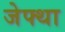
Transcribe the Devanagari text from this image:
जेफ्था